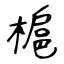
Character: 槴